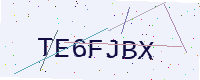
Text: TE6FJBX